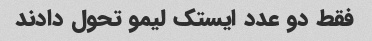
فقط دو عدد ایستک لیمو تحول دادند